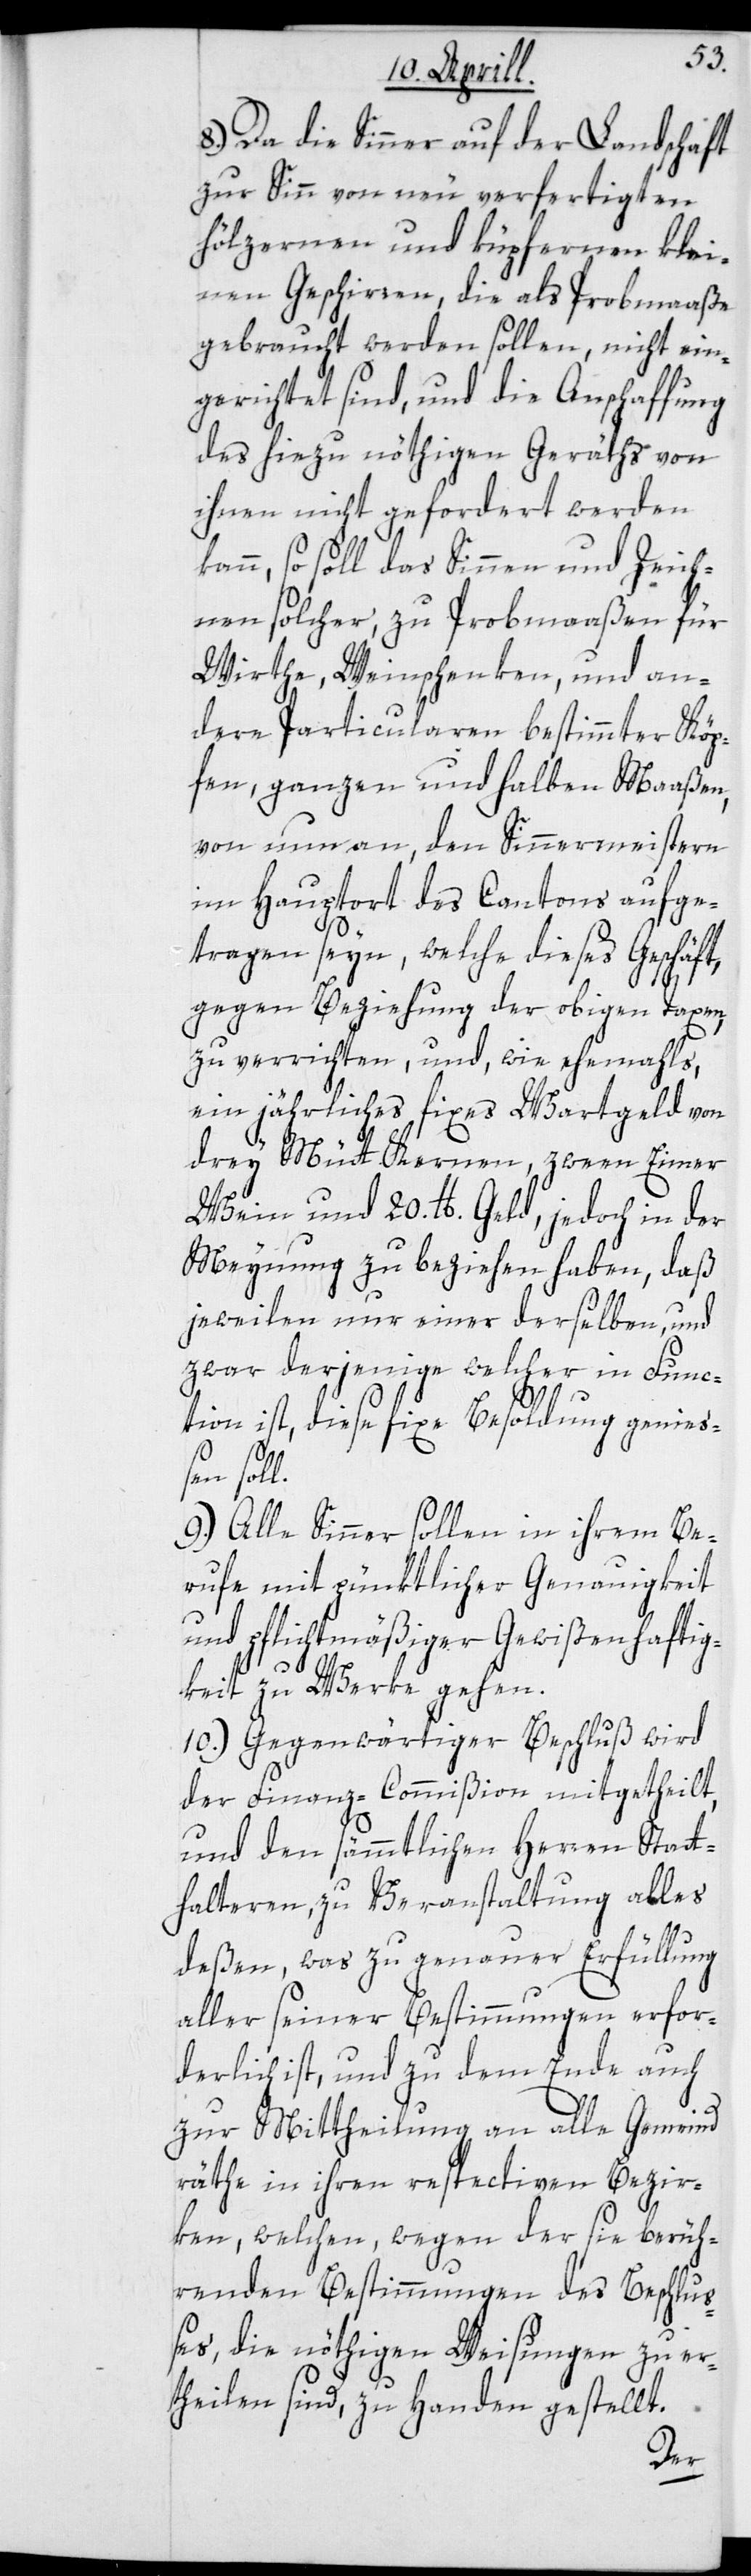
8.) Da die Sinner auf der Landschaft
zur Sinn von neu verfertigten
hölzernen und küpfernen klei¬
nen Geschirren, die als Probmaaße
gebraucht werden sollen, nicht ein¬
gerichtet sind, und die Anschaffung
des hiezu nöthigen Geräths von
ihnen nicht gefordert werden
kann, so soll das Sinnen und Zeich¬
nen solcher, zu Probmaaßen für
Wirthe, Weinschenken, und an¬
dere Particularen bestimmter Köp¬
fen, ganzen und halben Maaßen,
von nun an, den Sinnermeistern
im Hauptort des Cantons aufge¬
tragen seyn, welche dieses Geschäft,
gegen Beziehung der obigen Taxen,
zu verrichten, und wie ehemals,
ein jährliches fixes Wartgeld von
drey Mütt Kernen, zween Eimer
Wein und 20. lb. Geld, jedoch in der
Meynung zu beziehen haben, daß
jeweilen nur einer derselben, und
zwar derjenige welcher in Func¬
tion ist, diese fixe Besoldung genieß¬
en soll.
9.) Alle Sinner sollen in ihrem Be¬
rufe mit pünktlicher Genauigkeit
und pflichtmäßiger Gewißenhaftig¬
keit zu Werke gehen.
10.) Gegenwärtiger Beschluß wird
der Finanz-Commißion mitgetheilt,
und den sämmtlichen Herren Statt¬
halteren, zu Veranstaltung alles
deßen, was zu genauer Erfüllung
aller seiner Bestimmungen erfor¬
derlich ist, und zu dem Ende auch
zur Mittheilung an alle Gemeind¬
räthe in ihren respectiven Bezir¬
ken, welchen, wegen der sie berüh¬
renden Bestimmungen des Beschluß¬
es, die nöthigen Weisungen zu er¬
theilen sind, zu Handen gestellt.